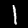
Label: 1